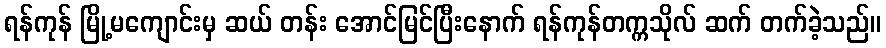
ရန်ကုန် မြို့မကျောင်းမှ ဆယ် တန်း အောင်မြင်ပြီးနောက် ရန်ကုန်တက္ကသိုလ် ဆက် တက်ခဲ့သည်။